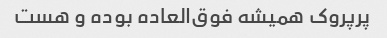
پرپروک همیشه فوق‌العاده بوده و هست